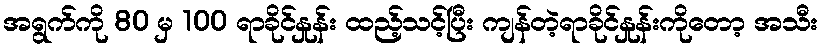
အရွက်ကို 80 မှ 100 ရာခိုင်နှုန်း ထည့်သင့်ပြီး ကျန်တဲ့ရာခိုင်နှုန်းကိုတော့ အသီး